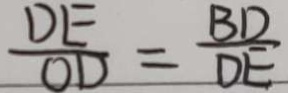
\frac { D E } { O D } = \frac { B D } { D E }